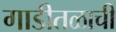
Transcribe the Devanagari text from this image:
गाडीतळाची